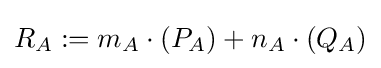
R_{A}:=m_{A}\cdot (P_{A})+n_{A}\cdot (Q_{A})